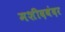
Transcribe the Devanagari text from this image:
मशीदबंदर